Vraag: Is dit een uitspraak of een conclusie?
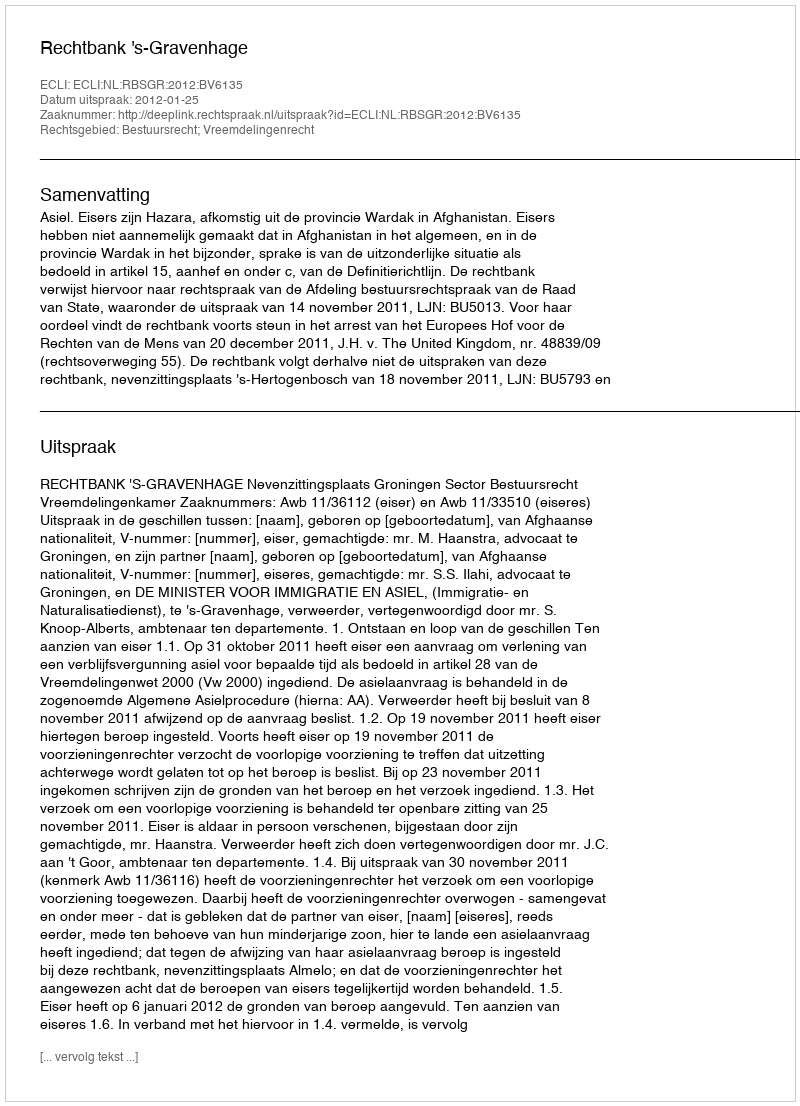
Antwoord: Uitspraak